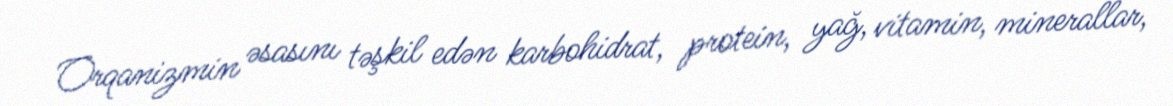
Orqanizmin əsasını təşkil edən karbohidrat, protein, yağ, vitamin, minerallar,